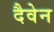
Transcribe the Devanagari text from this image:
दैवेन